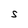
Character: S